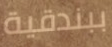
ببندقية